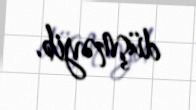
düşməyib.